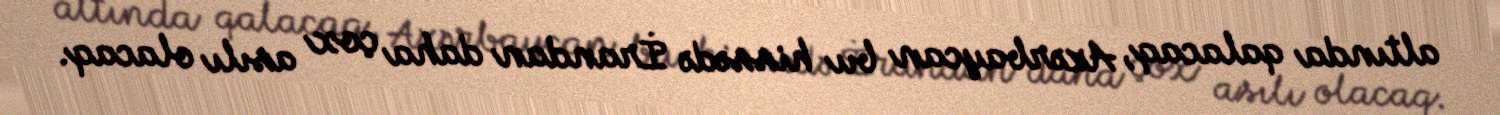
altında qalacaq, Azərbaycan bu hissədə İrandan daha çox asılı olacaq.